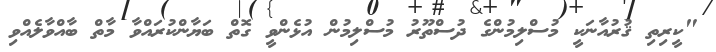
"ކީރިތި ޤުރުއާނަކީ މުސްލިމުންގެ ދުސްތޫރު މުސްލިމުން އުޅެންވީ ގޮތް ބަޔާންކުރައްވާ މާތް ބާއްވާލެއްވި